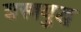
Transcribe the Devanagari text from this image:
शस्त्रयुद्ध